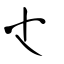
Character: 尐